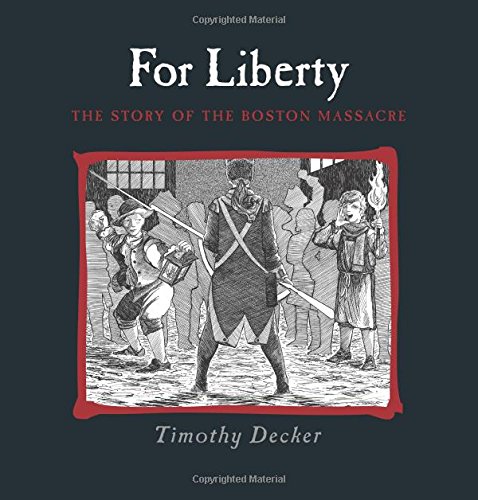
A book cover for For Liberty: The Story of the Boston Massacre; Timothy Decker; Children's Books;